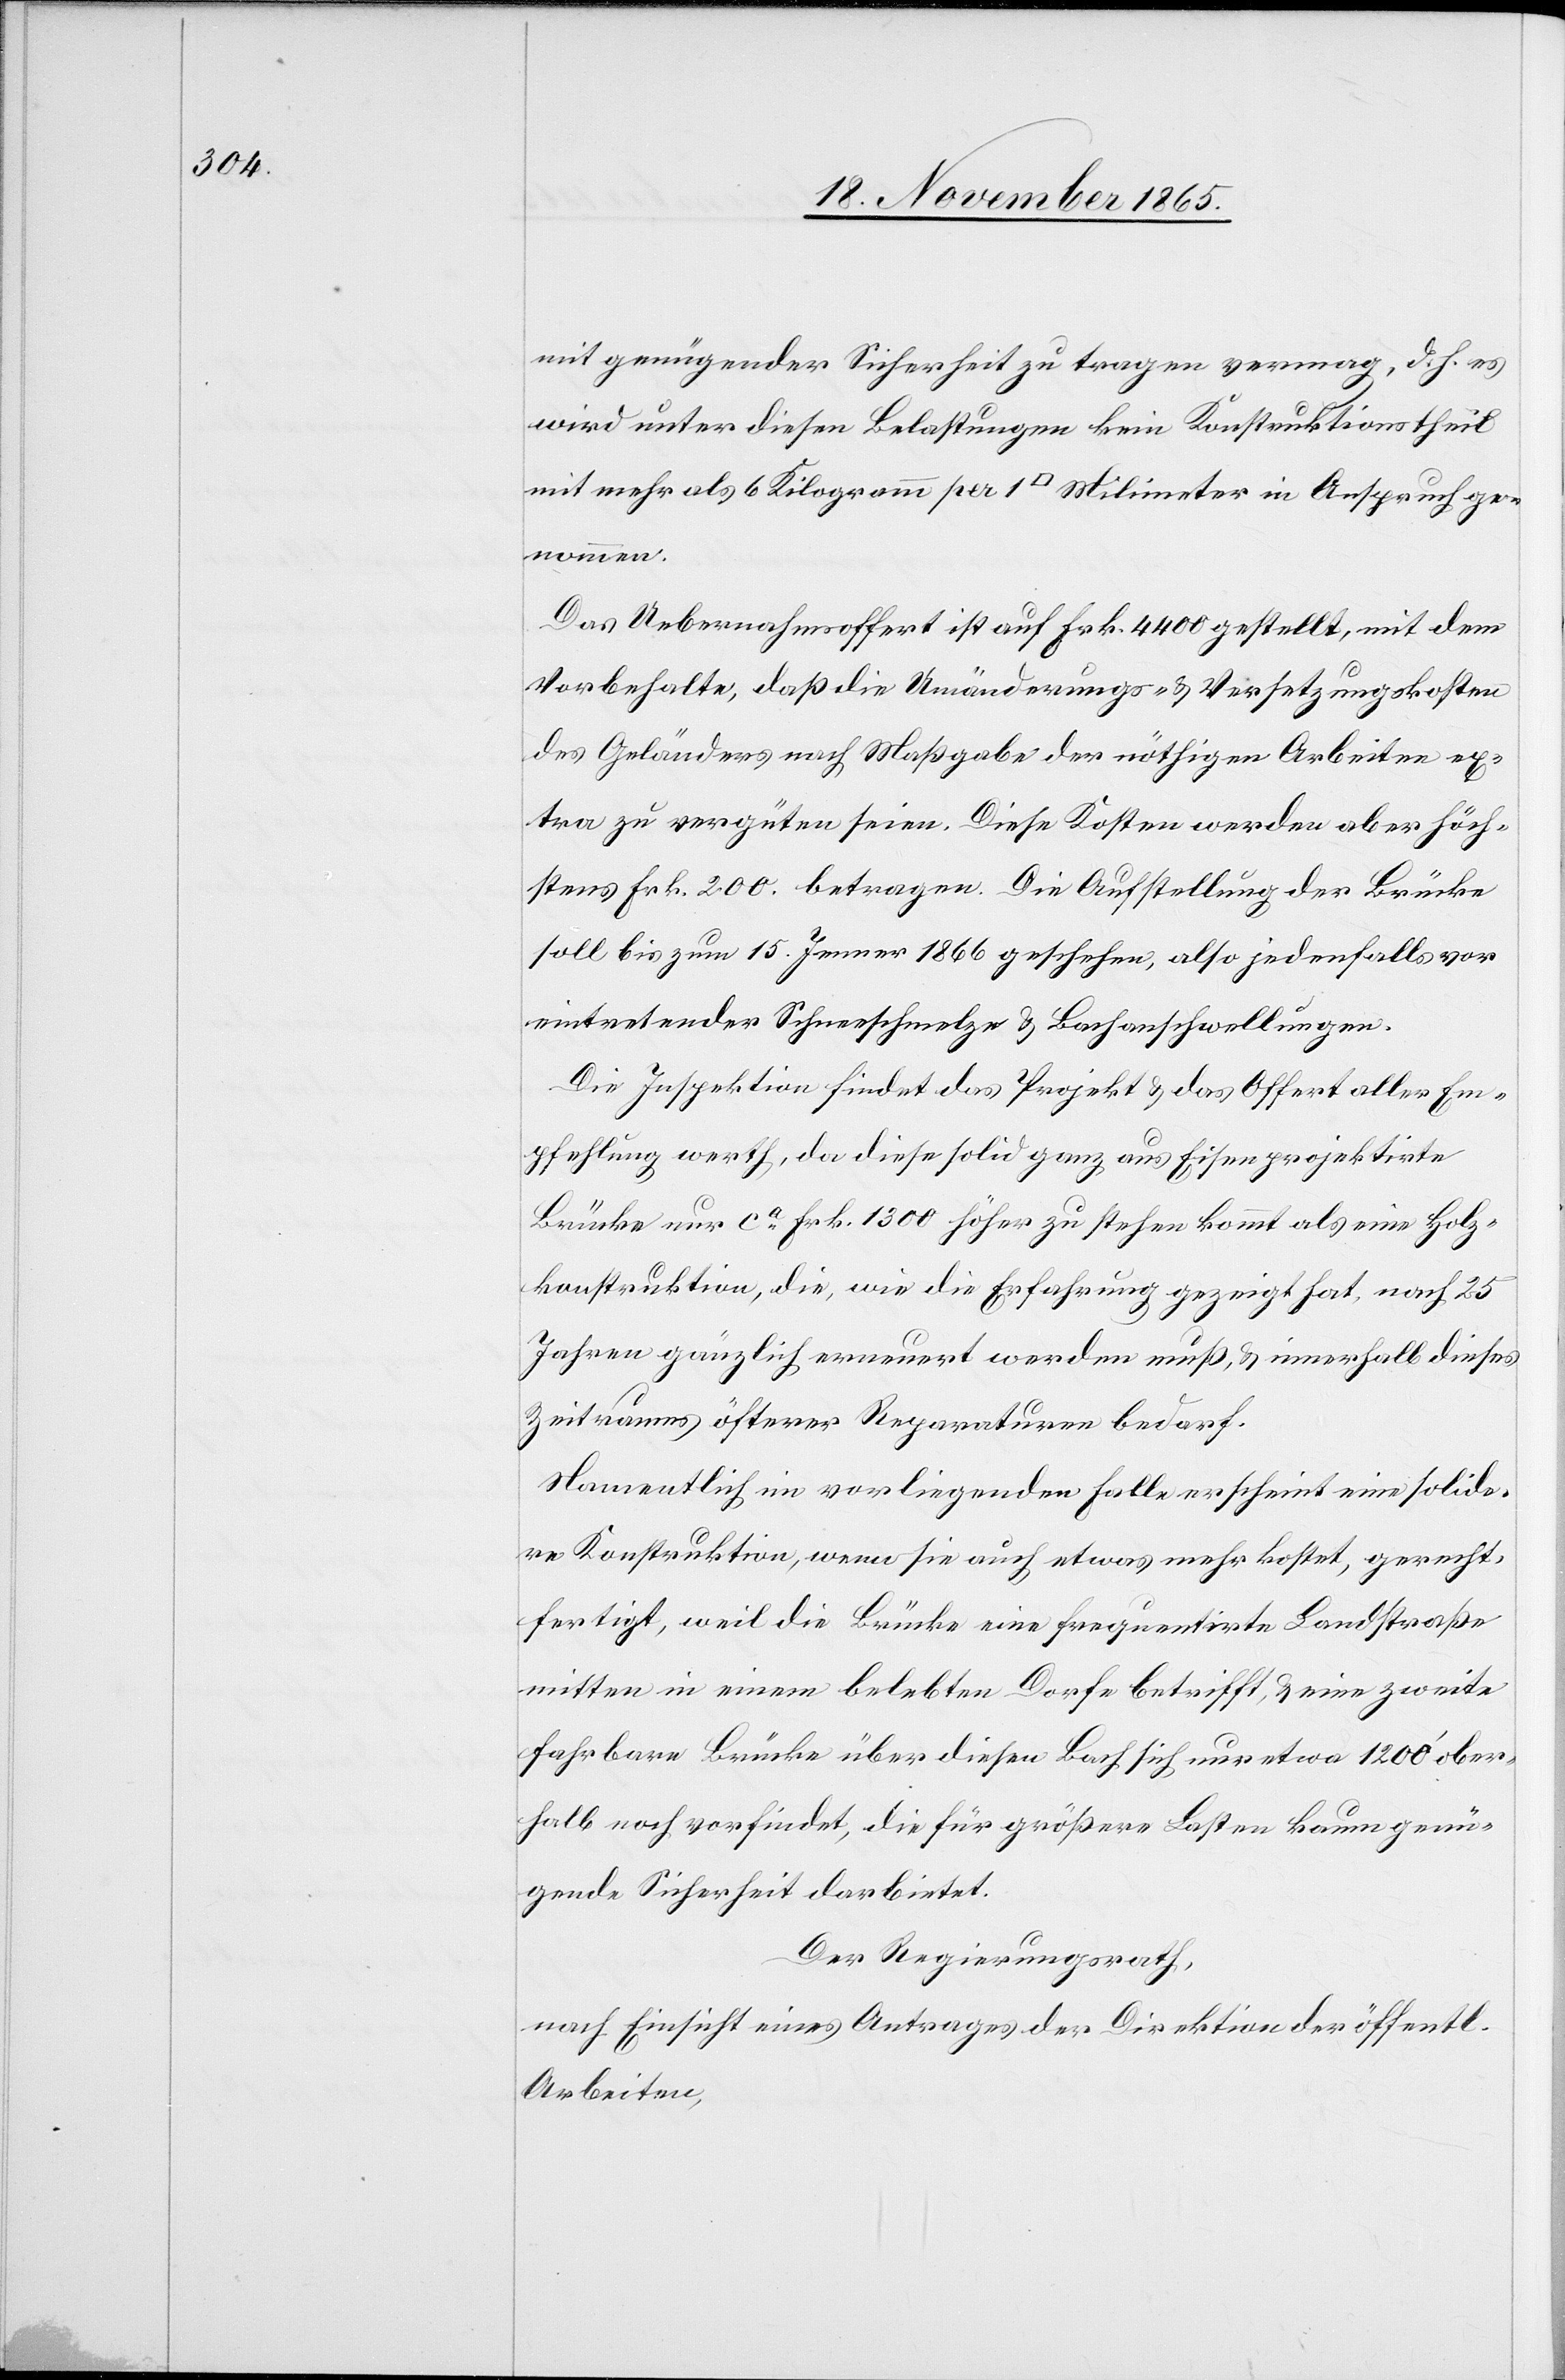
mit genügender Sicherheit zu tragen vermag, d. h. es
wird unter diesen Belastungen kein Konstruktionstheil
mit mehr als 6 Kilogramm per 1 [Quadrat] Milimeter in Anspruch ge¬
nommen.
Das Uebernahmsoffert ist auf Frk. 4400 gestellt, mit dem
Vorbehalte, daß die Umänderungs- & Versetzungskosten
des Geländers nach Maßgabe der nöthigen Arbeiten ex¬
tra zu vergüten seien. Diese Kosten werden aber höch¬
stens Frk. 200 betragen. Die Aufstellung der Brücke
soll bis zum 15. Januar 1866 geschehen, also jedenfalls vor
Eintreten der Schneeschmelze & Bachanschwellungen.
Die Inspektion findet das Projekt & das Offert aller Em¬
pfehlung werth, da diese solid ganz aus Eisen projektirte
Brücke nur ca Frk. 1300 höher zu stehen kommt als eine Holz¬
konstruktion, die, wie die Erfahrung gezeigt hat, nach 25
Jahren gänzlich erneuert werden muß, & innerhalb dieses
Zeitraumes öfterer Reparaturen bedarf.
Namentlich im vorliegenden Falle erscheint eine solide¬
re Konstruktion, wenn sie auch etwas mehr kostet, gerecht¬
fertigt, weil die Brücke eine frequentirte Landstraße
mitten in einem belebten Dorfe betrifft, & eine zweite
fahrbare Brücke über diesen Bach sich nur etwa 1200’ ober¬
halb noch vorfindet, die für größere Lasten kaum genü¬
gende Sicherheit darbietet.
Der Regierungsrath,
nach Einsicht eines Antrages der Direktion der öffentl.
Arbeiten,